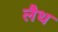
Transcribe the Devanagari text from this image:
लैथ